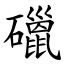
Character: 䃳